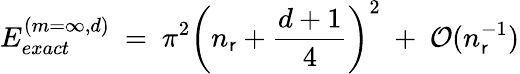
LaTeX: E_{exact}^{(m=\infty,d)}\ =\ \pi^{2}\left(n_{\mathsf{r}}+\frac{{d+1}}{{4}}\right)^{2}\ +\ \mathcal{{O}}(n_{\mathsf{r}}^{-1})